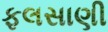
ફલસાણી